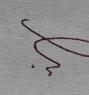
Signature authenticity: forged